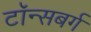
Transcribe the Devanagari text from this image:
टॉन्सबर्ग